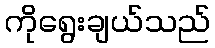
ကိုရွေးချယ်သည်